Leaving Certificate Examination, 1905
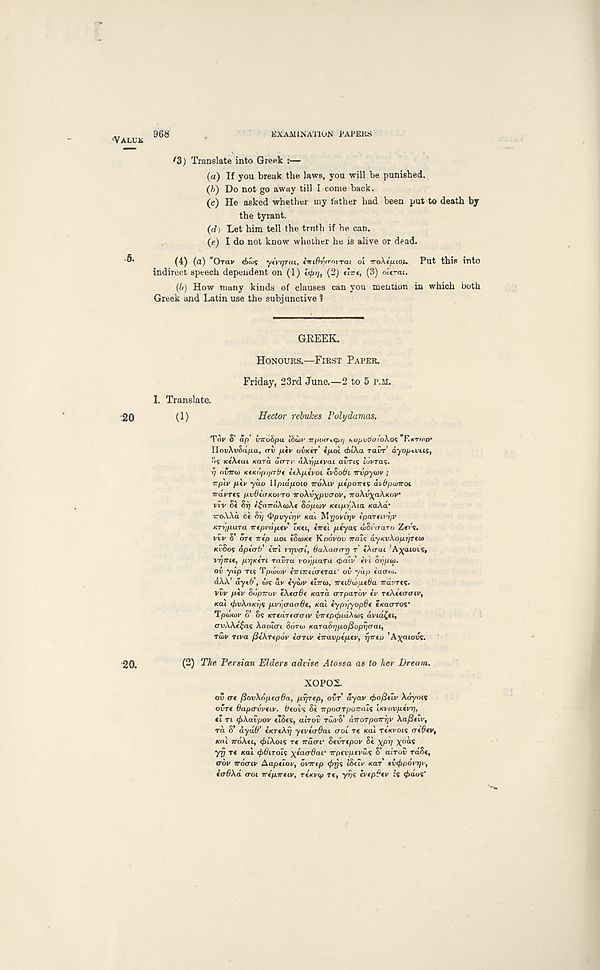
'VALUE
968
EXAMINATION TAPERS
'3 ) Translate into Greek :—
(a) If you break the laws, you will be punished.
(h) Do not go away till I come back.
(c) He asked whether my father had been put to death by
the tyrant.
(77t Let him tell the truth if he can.
(e) I do not know whether he is alive or dead.
(4) (a) "Orav dxus yivrfuu. {■niOvrroj-rai ol iroXtfUO^ Put this into
indirect speech dependent on (1) i^rj, (2) t'nrt, (3) olcrai.
(b) How many kinds of clauses can you mention in which both
Greek and Latin use the subjunctive 1
GREEK.
HONOURS.—FIRST PAPER.
Friday, 23rd June.—2 to 5 r.M.
I. Translate.
•20
(1)
Hector rebukes Polydamas.
Tdv S’ dp’ XJ—ohpa. idol I' TTfHKTiCpil HO/JVOOI'OXOS ’EKTWO'
HovXvSu/xa, ov piv ovKtr ifiol cblXa ravr’ dyopevtis,
os KtXiai Kara UTTTV (iXr’ifjLtvai avris tdvra?.
q nvirw KfKOfnicrbt ttXptvoi tv8o(h Tnjpywv ;
rp'LV piv yao Upulpoto TTOXLV pfpo-rrti avOpuiroi
irdvrcs p.vb(<rKoi To TroXv^pvcrov, 7roXv\aXKoV
vvv Si Sr) f$<nrdXwXf Sopcjv Kfipr^Xia KaXd’
TroXXa Ct Sri 4>pvyir)v KCU M rjovtrjv (paTfirr)V
KTi/p-ura irtpvdptv ixti, inti ptyas wSraaro Z*r?.
vvv S’ dr* irep uoi tSwKt Koovov irais dyKvXopr/rto)
KVSOS dp (ah' cVt rrjvai, SaXaocrr] T (Xaai ’Agatovs,
vr/mt, prjKen ravra vo/jpaTu rfraiv h i orjpu).
ov yup Ti? Tpiiion' immiatTai' ov yap ta<T(o.
dXA’ dytO\ <!>s dv iyurv flnm, miburatOa irdvres.
vvv piv oi'jpTruv eX«r6e Kara crTparov iv TtXitaoiv,
Kal (frvXaKr/i pvrjaaaBt, Kal iypr)yop6( tKacrTOS*
Toiow o’ o? KTtaTtaaiv uirtp<pidA<os dvtd^ct,
<rvXXf(as XcKuai Sdro> KaTaSqpo/doprjaai,
Twv nva fttXrfpov fVrir irravptptv, rjirtu ’Agatovs.
20.
(2) 'Pbe Persian Elders advise Atossa as to her Dream.
X0P02.
ov trt fiovXdpecrOa, prjTtp, ovr dyav (fco/Stiv Adyots
ovrt OapavvsLV. Btovs Si irpoaTpoirais LKvovpfvr),
ti TL (fiXavpov ciSes, airov rdivS’ dnroTpoTrrjv Xafitiv,
rd S’ dydO’ CKTtXrj ytvtcrdai croi r« >cal TtKvois crt6*v,
Kal iroXti, (friXoii rt Trdcrr Stvrtpov Si xpr/ ^ods
yrj T€ Kai <f)6iToi<: xiacOai' Trptcpcvttiv S’ airov rdSc,
crov ir6<riv Aapfiov, oinrtp <}>rj<; iSilv itar fb(f>p6vrp',
ioBXd (TOI TriprrtLV, TiKvqi T«, yp? evtpbfv :s <t>dos‘